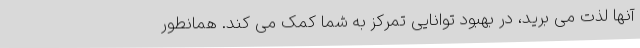
آنها لذت می برید، در بهبود توانایی تمرکز به شما کمک می کند. همانطور